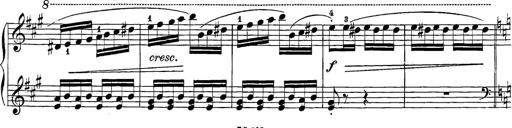
Title: 12 Sonatine per Pianoforte
Composer: Friedrich Kuhlau